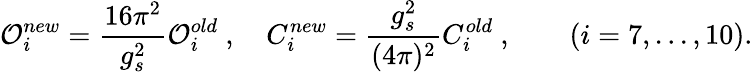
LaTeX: {\cal O}_{i}^{new}=\frac{16\pi^{2}}{g_{s}^{2}}{{\cal O}}_{i}^{old}~,\quad C_{i}^{new}=\frac{g_{s}^{2}}{(4\pi)^{2}}{C}_{i}^{old}~,\quad\quad(i=7,...,10).